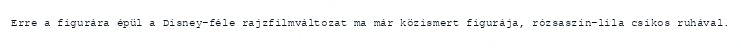
Erre a figurára épül a Disney-féle rajzfilmváltozat ma már közismert figurája, rózsaszín-lila csíkos ruhával.